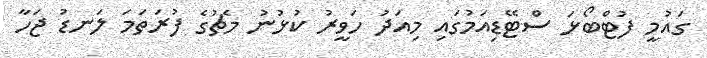
ގައުމީ ފުޓްބޯޅަ ސްޓޭޑިއަމުގައި މިއަދު ހަވީރު ކުޅުނު މެޗުގެ ފުރަތަމަ ލަނޑު ޖަހާ